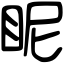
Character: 眤